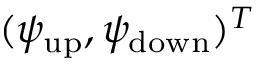
( \psi _ { \mathrm { u p } } , \psi _ { \mathrm { d o w n } } ) ^ { T }